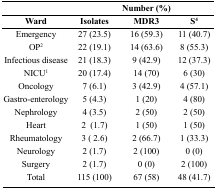
<table><thead><tr><td></td><td colspan="3"><b>Number (%)</b></td></tr><tr><td><b>Ward</b></td><td><b>Isolates</b></td><td><b>MDR<sup>3</sup></b></td><td><b>S<sup>4</sup></b></td></tr></thead><tbody><tr><td>Emergency</td><td>27 (23.5)</td><td>16 (59.3)</td><td>11 (40.7)</td></tr><tr><td>OP<sup>2</sup></td><td>22 (19.1)</td><td>14 (63.6)</td><td>8 (55.3)</td></tr><tr><td>Infectious disease</td><td>21 (18.3)</td><td>9 (42.9)</td><td>12 (37.3)</td></tr><tr><td>NICU<sup>1</sup></td><td>20 (17.4)</td><td>14 (70)</td><td>6 (30)</td></tr><tr><td>Oncology</td><td>7 (6.1)</td><td>3 (42.9)</td><td>4 (57.1)</td></tr><tr><td>Gastro-enterology</td><td>5 (4.3)</td><td>1 (20)</td><td>4 (80)</td></tr><tr><td>Nephrology</td><td>4 (3.5)</td><td>2 (50)</td><td>2 (50)</td></tr><tr><td>Heart</td><td>2 (1.7)</td><td>1 (50)</td><td>1 (50)</td></tr><tr><td>Rheumatology</td><td>3 (2.6)</td><td>2 (66.7)</td><td>1 (33.3)</td></tr><tr><td>Neurology</td><td>2 (1.7)</td><td>2 (100)</td><td>0 (0)</td></tr><tr><td>Surgery</td><td>2 (1.7)</td><td>0 (0)</td><td>2 (100)</td></tr><tr><td>Total</td><td>115 (100)</td><td>67 (58)</td><td>48 (41.7)</td></tr></tbody></table>